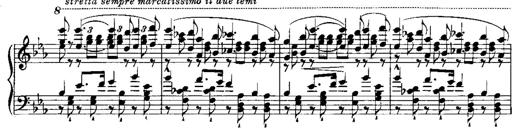
Title: RÃ©miniscences de Norma de Bellini
Composer: Franz Liszt